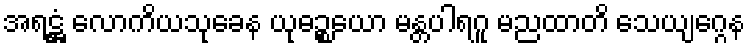
အရဋ္ဌံ လောကိယသုခေန ယုဓဉ္စယော မန္တပါရဂူ မညထာတိ သေယျဂ္ဂေန